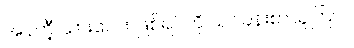
အန်တီ့ သားလေး ဖြစ်ရပ်ကို သင်ခန်းစာယူကြပါ။